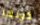
كونها